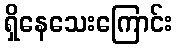
ရှိနေသေးကြောင်း